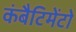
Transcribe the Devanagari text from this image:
कंबैटिमेंटो